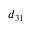
d _ { 3 1 }